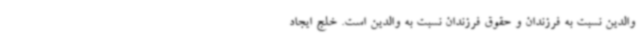
والدین نسبت به فرزندان و حقوق فرزندان نسبت به والدین است. خلج ایجاد